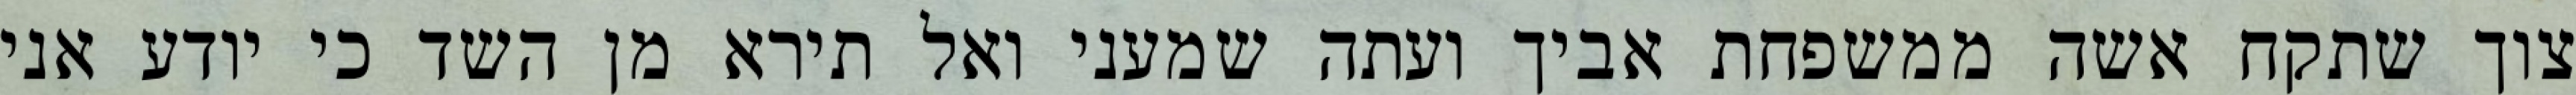
צוך שתקח אשה ממשפחת אביך ועתה שמעני ואל תירא מן השד כי יודע אני